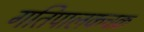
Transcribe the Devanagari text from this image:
गतिपालकचक्र